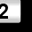
Digit: 2